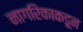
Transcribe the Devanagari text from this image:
नागरिकाकडून